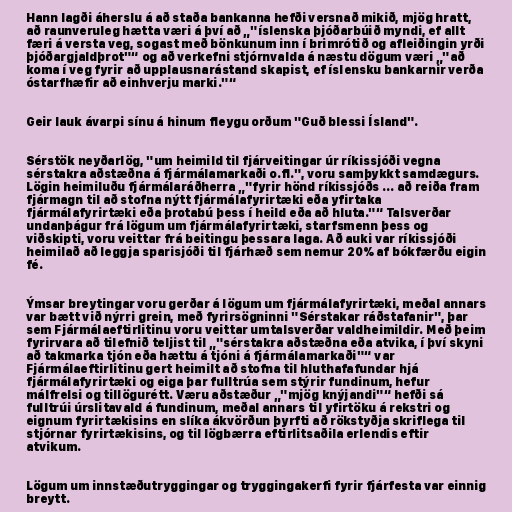
Hann lagði áherslu á að staða bankanna hefði versnað mikið, mjög hratt,
að raunveruleg hætta væri á því að „"íslenska þjóðarbúið myndi, ef allt
færi á versta veg, sogast með bönkunum inn í brimrótið og afleiðingin yrði
þjóðargjaldþrot"“ og að verkefni stjórnvalda á næstu dögum væri „"að
koma í veg fyrir að upplausnarástand skapist, ef íslensku bankarnir verða
óstarfhæfir að einhverju marki."“

Geir lauk ávarpi sínu á hinum fleygu orðum "Guð blessi Ísland".

Sérstök neyðarlög, "um heimild til fjárveitingar úr ríkissjóði vegna
sérstakra aðstæðna á fjármálamarkaði o.fl.", voru samþykkt samdægurs.
Lögin heimiluðu fjármálaráðherra „"fyrir hönd ríkissjóðs ... að reiða fram
fjármagn til að stofna nýtt fjármálafyrirtæki eða yfirtaka
fjármálafyrirtæki eða þrotabú þess í heild eða að hluta."“ Talsverðar
undanþágur frá lögum um fjármálafyrirtæki, starfsmenn þess og
viðskipti, voru veittar frá beitingu þessara laga. Að auki var ríkissjóði
heimilað að leggja sparisjóði til fjárhæð sem nemur 20% af bókfærðu eigin
fé.

Ýmsar breytingar voru gerðar á lögum um fjármálafyrirtæki, meðal annars
var bætt við nýrri grein, með fyrirsögninni "Sérstakar ráðstafanir", þar
sem Fjármálaeftirlitinu voru veittar umtalsverðar valdheimildir. Með þeim
fyrirvara að tilefnið teljist til „"sérstakra aðstæðna eða atvika, í því skyni
að takmarka tjón eða hættu á tjóni á fjármálamarkaði"“ var
Fjármálaeftirlitinu gert heimilt að stofna til hluthafafundar hjá
fjármálafyrirtæki og eiga þar fulltrúa sem stýrir fundinum, hefur
málfrelsi og tillögurétt. Væru aðstæður „"mjög knýjandi"“ hefði sá
fulltrúi úrslitavald á fundinum, meðal annars til yfirtöku á rekstri og
eignum fyrirtækisins en slíka ákvörðun þyrfti að rökstyðja skriflega til
stjórnar fyrirtækisins, og til lögbærra eftirlitsaðila erlendis eftir
atvikum.

Lögum um innstæðutryggingar og tryggingakerfi fyrir fjárfesta var einnig
breytt.